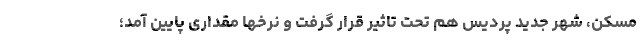
مسکن، شهر جدید پردیس هم تحت تاثیر قرار گرفت و نرخها مقداری پایین آمد؛